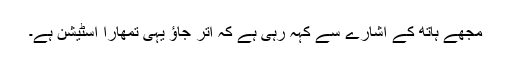
مجھے ہاتھ کے اشارے سے کہہ رہی ہے کہ اتر جاؤ یہی تمھارا اسٹیشن ہے۔